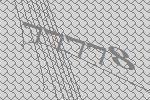
77778